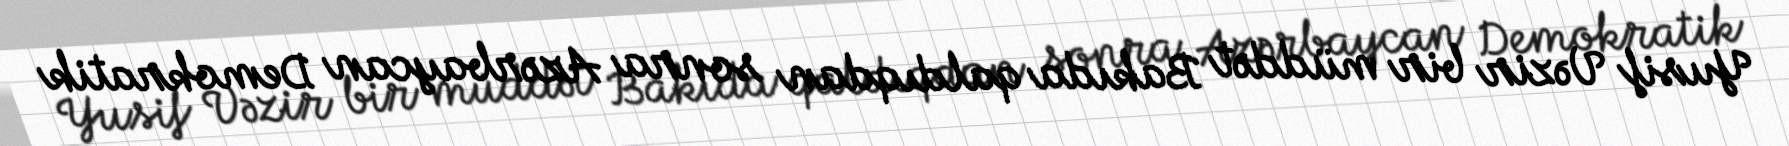
Yusif Vəzir bir müddət Bakıda qaldıqdan sonra Azərbaycan Demokratik